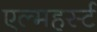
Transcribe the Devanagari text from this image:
एल्महर्स्ट